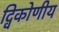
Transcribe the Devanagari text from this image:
द्विकोणीय